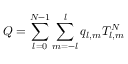
Q = \sum _ { l = 0 } ^ { N - 1 } \sum _ { m = - l } ^ { l } q _ { l , m } T _ { l , m } ^ { N }